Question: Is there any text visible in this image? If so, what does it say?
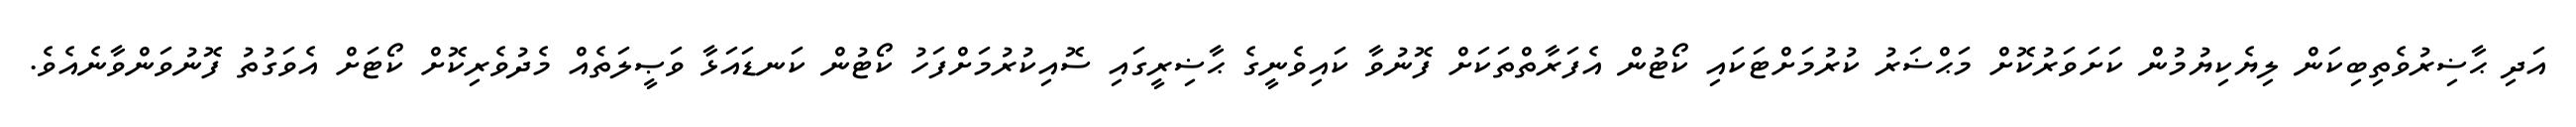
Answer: އަދި ޙާޟިރުވެތިބިކަން ލިޔެކިޔުމުން ކަށަވަރުކޮށް މަޙްޟަރު ކުރުމަށްޓަކައި ކޯޓުން އެފަރާތްތަކަށް ފޮނުވާ ކައިވެނީގެ ޙާޟިރީގައި ސޮއިކުރުމަށްފަހު ކޯޓުން ކަނޑައަޅާ ވަޞީލަތެއް މެދުވެރިކޮށް ކޯޓަށް އެވަގުތު ފޮނުވަންވާނެއެވެ.